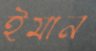
ইমান